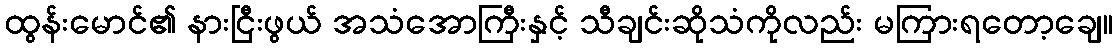
ထွန်းမောင်၏ နားငြီးဖွယ် အသံအောကြီးနှင့် သီချင်းဆိုသံကိုလည်း မကြားရတော့ချေ။